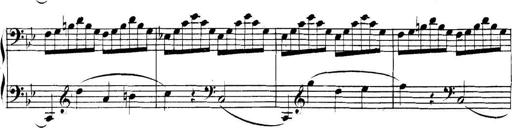
Title: Collected Piano Sonatas
Composer: Muzio Clementi